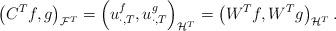
LaTeX: \begin{align*} \left(C^Tf,g\right)_{\mathcal{F}^T}=\left(u^f_{\cdot,T},u^g_{\cdot,T}\right)_{\mathcal{H}^T}=\left(W^Tf,W^Tg\right)_{\mathcal{H}^T}.\end{align*}